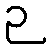
ဉ